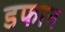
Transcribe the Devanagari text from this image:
डफान